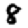
Digit: 8